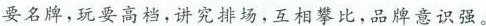
要名牌，玩要高档，讲究排场，互相攀比，品牌意识强。